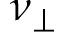
\nu _ { \perp }